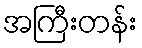
အကြီးတန်း